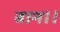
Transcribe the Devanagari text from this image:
वान।।